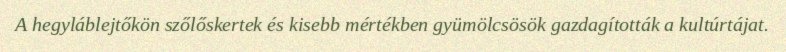
A hegyláblejtőkön szőlőskertek és kisebb mértékben gyümölcsösök gazdagították a kultúrtájat.